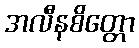
အလီနစိတ္တော